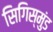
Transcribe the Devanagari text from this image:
सिगिस्मुंड